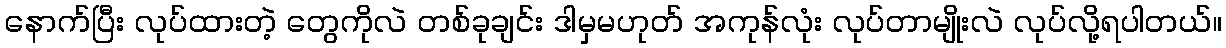
နောက်ပြီး လုပ်ထားတဲ့ တွေကိုလဲ တစ်ခုချင်း ဒါမှမဟုတ် အကုန်လုံး လုပ်တာမျိုးလဲ လုပ်လို့ရပါတယ်။